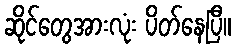
ဆိုင်တွေအားလုံး ပိတ်နေပြီ။